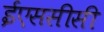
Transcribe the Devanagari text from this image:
ईएससीसी